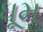
ધૂમ